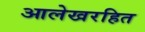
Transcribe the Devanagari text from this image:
आलेखरहित